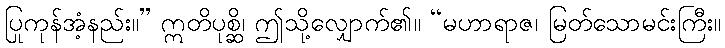
ပြုကုန်အံ့နည်း။” ဣတိပုစ္ဆိ၊ ဤသို့လျှောက်၏။ “မဟာရာဇ၊ မြတ်သောမင်းကြီး။